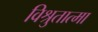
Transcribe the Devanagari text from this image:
विश्रुतात्मा